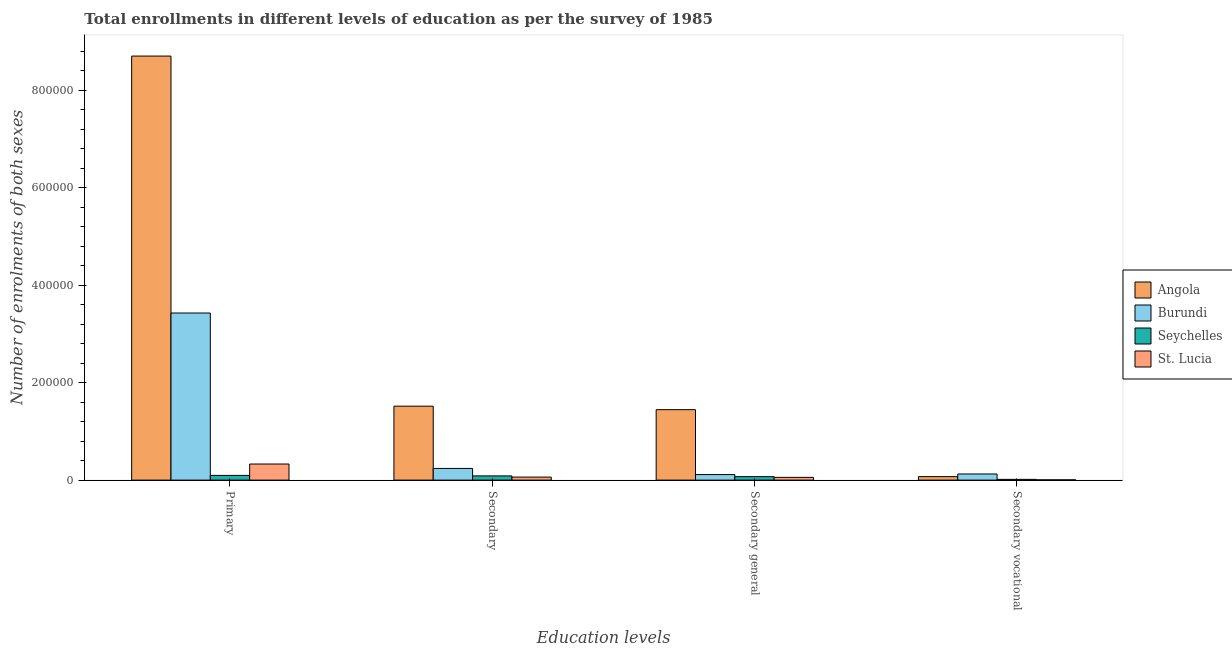
| Education levels | Angola | Burundi | Seychelles | St. Lucia |
 | --- | --- | --- | --- | --- |
 | Primary | 8.7e+05 | 3.43e+05 | 9.68e+03 | 3.3e+04 |
 | Secondary | 1.52e+05 | 2.4e+04 | 8.66e+03 | 6.21e+03 |
 | Secondary general | 1.45e+05 | 1.14e+04 | 7.12e+03 | 5.64e+03 |
 | Secondary vocational | 7.15e+03 | 1.26e+04 | 1.54e+03 | 577 |